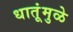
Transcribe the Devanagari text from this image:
धातूंमुळे